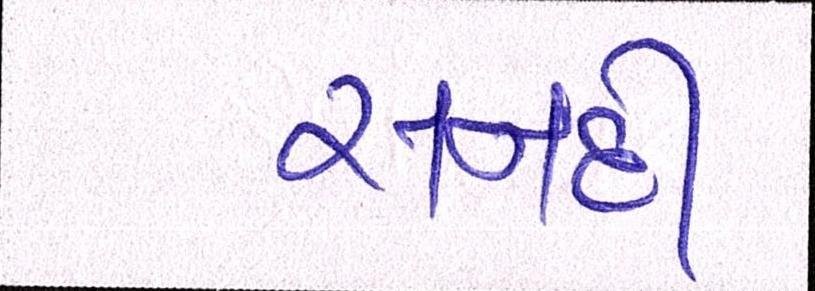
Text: સનદી